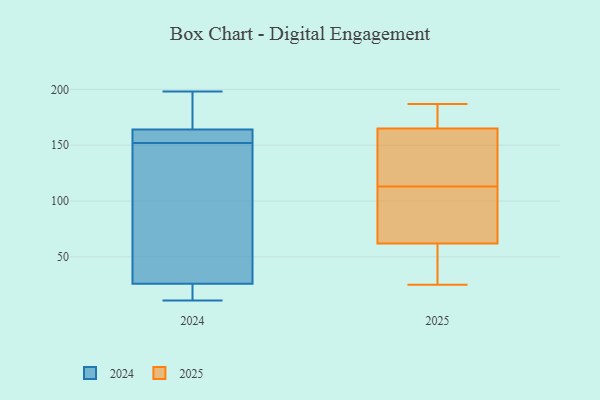
{"axis": {"x": "Shipments", "y": "Value"}, "legend": ["2024", "2025"], "data": [{"x": "", "y": 150, "type": "2024"}, {"x": "", "y": 166, "type": "2024"}, {"x": "", "y": 19, "type": "2024"}, {"x": "", "y": 162, "type": "2024"}, {"x": "", "y": 159, "type": "2024"}, {"x": "", "y": 33, "type": "2024"}, {"x": "", "y": 198, "type": "2024"}, {"x": "", "y": 16, "type": "2024"}, {"x": "", "y": 184, "type": "2024"}, {"x": "", "y": 11, "type": "2024"}, {"x": "", "y": 154, "type": "2024"}, {"x": "", "y": 48, "type": "2024"}, {"x": "", "y": 27, "type": "2025"}, {"x": "", "y": 25, "type": "2025"}, {"x": "", "y": 187, "type": "2025"}, {"x": "", "y": 185, "type": "2025"}, {"x": "", "y": 32, "type": "2025"}, {"x": "", "y": 83, "type": "2025"}, {"x": "", "y": 165, "type": "2025"}, {"x": "", "y": 103, "type": "2025"}, {"x": "", "y": 125, "type": "2025"}, {"x": "", "y": 62, "type": "2025"}, {"x": "", "y": 179, "type": "2025"}, {"x": "", "y": 116, "type": "2025"}, {"x": "", "y": 110, "type": "2025"}, {"x": "", "y": 116, "type": "2025"}]}